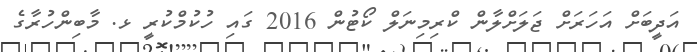
އަދީބަށް އަހަރަށް ޖަލަށްލާން ކްރިމިނަލް ކޯޓުން 2016 ގައި ހުކުމްކުރީ ޅ. މާބިންހުރާގެ